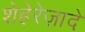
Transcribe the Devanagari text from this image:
शेहेरेज़ादे